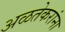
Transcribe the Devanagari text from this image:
अळतेकरांना